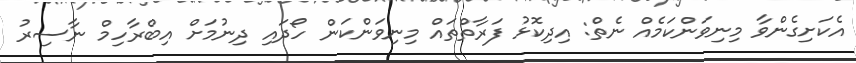
އެކަށިގެންވާ މިނިވަންކަމެއް ނެތް: އިދިކޮޅު ފަރާތްތައް މިނިވަންކަން ހޯދައި ދިނުމަށް އިބްރާހިމް ނާސިރު